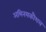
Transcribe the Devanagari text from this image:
अभिनयकौशल